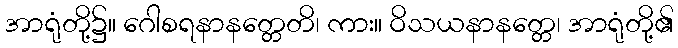
အာရုံတို့၌။ ဂေါစရနာနတ္တေတိ၊ ကား။ ဝိသယနာနတ္တေ၊ အာရုံတို့၏